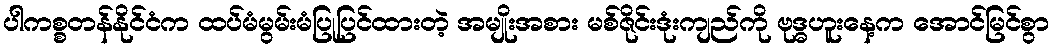
ပါကစ္စတန်နိုင်ငံက ထပ်မံမွမ်းမံပြုပြင်ထားတဲ့ အမျိုးအစား မစ်ဇိုင်းဒုံးကျည်ကို ဗုဒ္ဓဟူးနေ့က အောင်မြင်စွာ